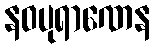
နဝပုရာဏေန